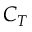
C _ { T }